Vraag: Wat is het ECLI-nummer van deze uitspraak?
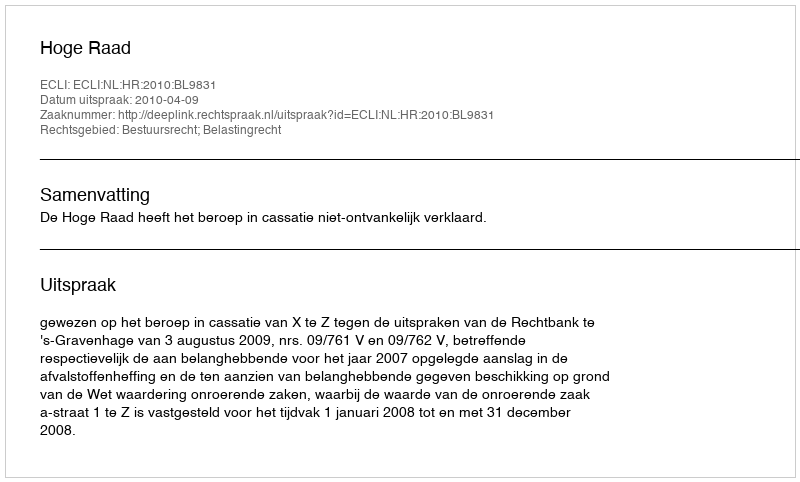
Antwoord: ECLI:NL:HR:2010:BL9831